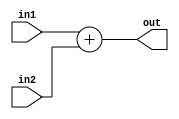
module Adder(in1, in2, out);

input wire [31:0] in1;
input wire [31:0] in2;

output wire [31:0] out;

assign out = in1 + in2;

endmodule